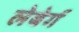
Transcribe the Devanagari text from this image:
लेबेर्ग